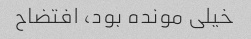
خیلی مونده بود، افتضاح